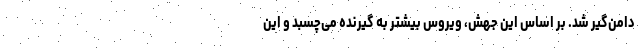
دامن‌گیر شد. بر اساس این جهش، ویروس بیشتر به گیرنده می‌چسبد و این